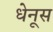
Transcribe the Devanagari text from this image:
धेनूस